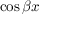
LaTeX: \cos { \beta x }